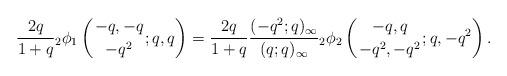
LaTeX: \begin{align*}\frac{2q}{1+q} {}_2\phi_1 \left(\genfrac{}{}{0pt}{}{-q,-q}{-q^2};q,q\right) = \frac{2q}{1+q}\frac{(-q^2;q)_\infty}{(q;q)_\infty} {}_2\phi_2 \left(\genfrac{}{}{0pt}{}{-q,q}{-q^2,-q^2};q,-q^2\right).\end{align*}